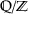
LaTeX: \mathbb { Q } / \mathbb { Z }